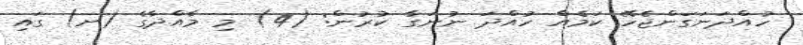
ހުއްދަނަގަންޖެހޭ ކަމެއް ހުއްދަ ނުނަގާ ކުރުން: (4) މި މާއްދާގެ (ށ) ގައި